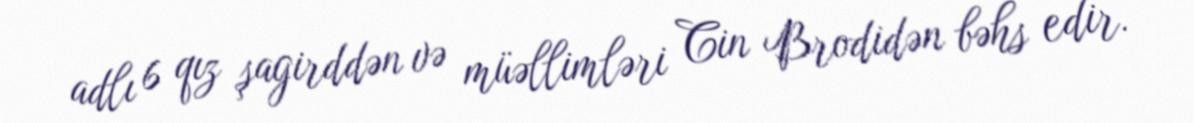
adlı 6 qız şagirddən və müəllimləri Cin Brodidən bəhs edir.